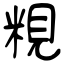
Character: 粯